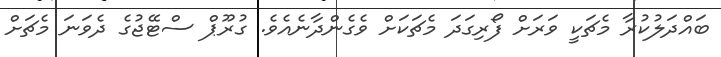
ބައްދަލުކުރާ މެޗަކީ ވަރަށްް ފޯރިގަދަ މެޗަކަށް ވެގެންދާނެއެވެ. ގުރޫޕް ސްޓޭޖުގެ ދެވަނަ މެޗަށް